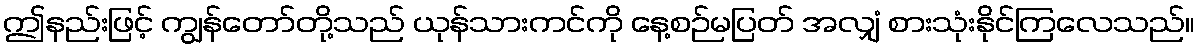
ဤနည်းဖြင့် ကျွန်တော်တို့သည် ယုန်သားကင်ကို နေ့စဉ်မပြတ် အလျှံ စားသုံးနိုင်ကြလေသည်။